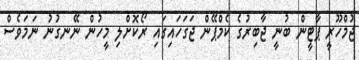
ޖުމްހޫރީ ޕާޓީން ބުނީ ޖާބިރުގެ ކެމްޕޭން ޖަގަހައިގައި ރޯކޮށްލި މީހުން ނޭނގުނު ނަމަވެސް